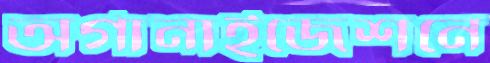
অর্গানাইজেশনে